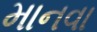
માનવા